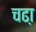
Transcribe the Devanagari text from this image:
चढा़